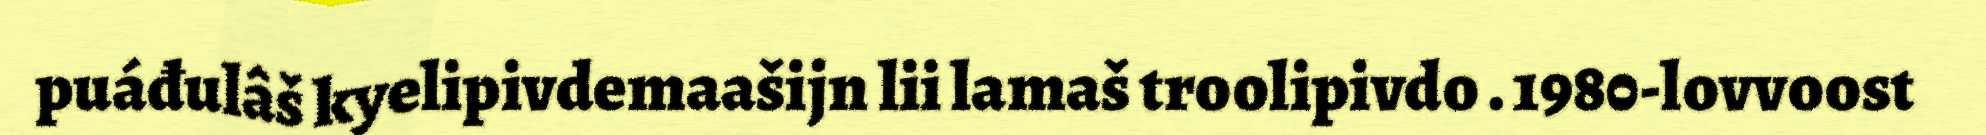
puáđulâš kyelipivdemaašijn lii lamaš troolipivdo . 1980-lovvoost